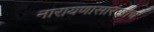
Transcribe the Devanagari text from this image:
नारायणासारखाच